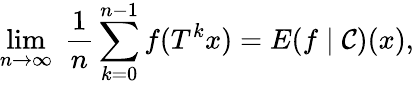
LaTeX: \operatorname*{lim}_{n\rightarrow\infty}\; {\frac{1}{n}}\sum_{k=0}^{n-1}f(T^{k}x)=E(f\mid{\mathcal{C}})(x),